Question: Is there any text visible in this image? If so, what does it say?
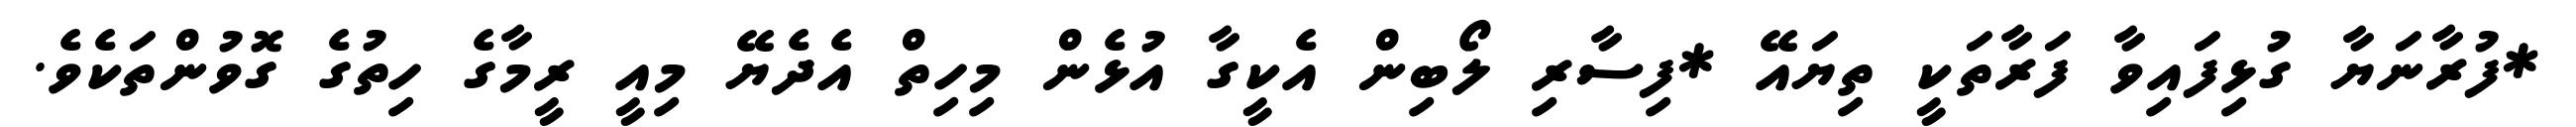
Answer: *ފުރާނަޔާ ގުޅިފައިވާ ފަރާތަކީ ތިޔައޭ *ފިސާރި ލޯބިން އެކީގާ އުޅެން މިހިތް އެދެޔޭ މިއީ ރީމާގެ ހިތުގެ ގޮވުންތަކެވެ.